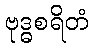
ဗုဒ္ဓစရိတံ